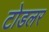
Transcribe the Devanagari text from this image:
टोडलर